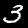
Label: 3